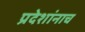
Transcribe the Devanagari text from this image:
प्रदेशांनाच